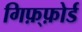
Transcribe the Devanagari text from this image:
गिफ़्फ़ोर्ड